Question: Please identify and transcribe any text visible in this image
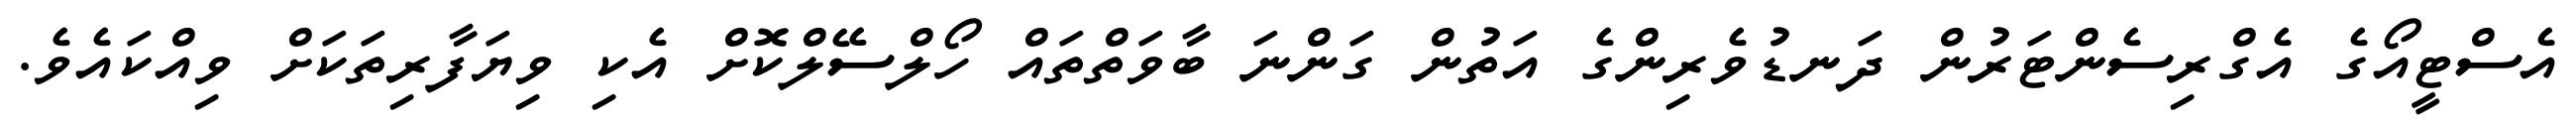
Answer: އެސްޓީއޯގެ އެގްރިސެންޓަރުން ދަނޑުވެރިންގެ އަތުން ގަންނަ ބާވަތްތައް ހޯލްސޭލްކޮށް އެކި ވިޔަފާރިތަކަށް ވިއްކައެވެ.